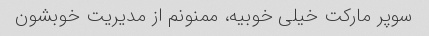
سوپر مارکت خیلی خوبیه، ممنونم از مدیریت خوبشون